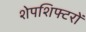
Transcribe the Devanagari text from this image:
शेपशिफ्टरों